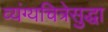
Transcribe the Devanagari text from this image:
व्यंग्यचित्रेसुद्धा